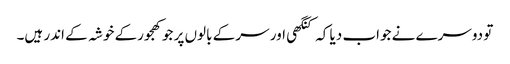
تو دوسرے نے جواب دیا کہ کنگھی اور سر کے بالوں پر جو کھجورکے خوشہ کے اندر ہیں۔